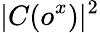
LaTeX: |C(o^{x})|^{2}